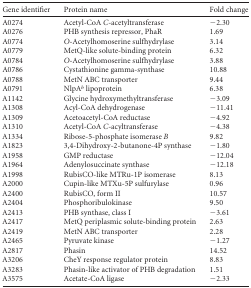
<table><thead><tr><td><b>Gene identifier</b></td><td><b>Protein name</b></td><td><b>Fold change</b></td></tr></thead><tbody><tr><td>A0274</td><td>Acetyl-CoA <i>C</i>-acetyltransferase</td><td>−2.30</td></tr><tr><td>A0276</td><td>PHB synthesis repressor, PhaR</td><td>1.69</td></tr><tr><td>A0774</td><td><i>O</i>-Acetylhomoserine sulfhydrylase</td><td>3.14</td></tr><tr><td>A0779</td><td>MetQ-like solute-binding protein</td><td>6.32</td></tr><tr><td>A0784</td><td><i>O</i>-Acetylhomoserine sulfhydrylase</td><td>3.88</td></tr><tr><td>A0786</td><td>Cystathionine gamma-synthase</td><td>10.88</td></tr><tr><td>A0788</td><td>MetN ABC transporter</td><td>9.44</td></tr><tr><td>A0791</td><td>NlpA<sup>b</sup> lipoprotein</td><td>6.38</td></tr><tr><td>A1142</td><td>Glycine hydroxymethyltransferase</td><td>−3.09</td></tr><tr><td>A1308</td><td>Acyl-CoA dehydrogenase</td><td>−11.41</td></tr><tr><td>A1309</td><td>Acetoacetyl-CoA reductase</td><td>−4.92</td></tr><tr><td>A1310</td><td>Acetyl-CoA <i>C</i>-acyltransferase</td><td>−4.38</td></tr><tr><td>A1334</td><td>Ribose-5-phosphate isomerase <i>B</i></td><td>9.82</td></tr><tr><td>A1823</td><td>3,4-Dihydroxy-2-butanone-4P synthase</td><td>−1.80</td></tr><tr><td>A1958</td><td>GMP reductase</td><td>−12.04</td></tr><tr><td>A1964</td><td>Adenylosuccinate synthase</td><td>−12.18</td></tr><tr><td>A1998</td><td>RubisCO-like MTRu-1P isomerase</td><td>8.13</td></tr><tr><td>A2000</td><td>Cupin-like MTXu-5P sulfurylase</td><td>0.96</td></tr><tr><td>A2400</td><td>RubisCO, form II</td><td>10.57</td></tr><tr><td>A2404</td><td>Phosphoribulokinase</td><td>9.50</td></tr><tr><td>A2413</td><td>PHB synthase, class I</td><td>−3.61</td></tr><tr><td>A2417</td><td>MetQ periplasmic solute-binding protein</td><td>2.63</td></tr><tr><td>A2419</td><td>MetN ABC transporter</td><td>2.28</td></tr><tr><td>A2465</td><td>Pyruvate kinase</td><td>−1.27</td></tr><tr><td>A2817</td><td>Phasin</td><td>14.52</td></tr><tr><td>A3206</td><td>CheY response regulator protein</td><td>8.83</td></tr><tr><td>A3283</td><td>Phasin-like activator of PHB degradation</td><td>1.51</td></tr><tr><td>A3575</td><td>Acetate-CoA ligase</td><td>−2.33</td></tr></tbody></table>